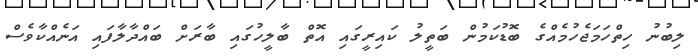
ލިބުނު ހިތްހަމަޖެހުމެއްގެ ބޮޑުކަމުން ބަތީލު ކައިރީގައި އޮތް ބާލީހުގައި ބާރަށް ބައްދާލާފައި އަނެއްކާވެސް